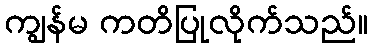
ကျွန်မ ကတိပြုလိုက်သည်။